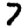
Digit: 7